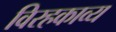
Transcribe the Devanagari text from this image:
विरहकाव्य